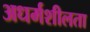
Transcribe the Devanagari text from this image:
अधर्मशीलता